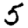
Digit: 5